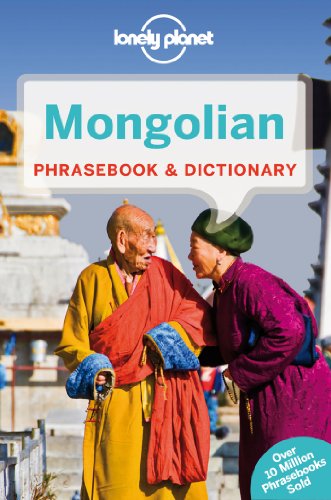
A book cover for Lonely Planet Mongolian Phrasebook & Dictionary; Lonely Planet; Travel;